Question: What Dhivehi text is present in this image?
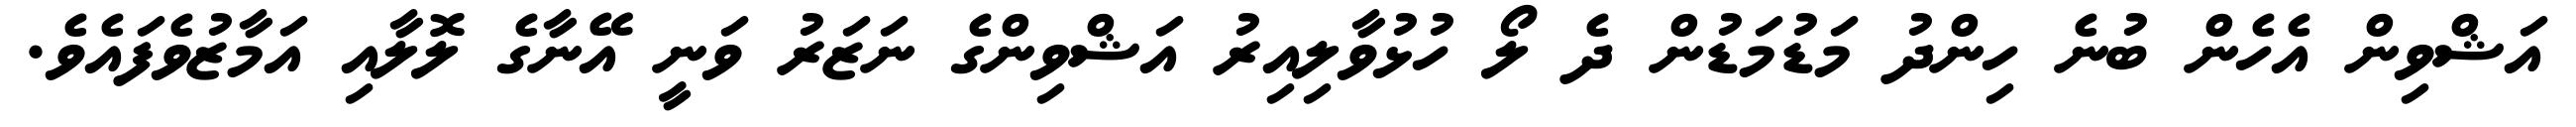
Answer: އަޝްވިން އެހެން ބުނެ ހިންދު މަޑުމަޑުން ދެ ލޯ ހުޅުވާލިއިރު އަޝްވިންގެ ނަޒަރު ވަނީ އޭނާގެ ލޮލާއި އަމާޒުވެފައެވެ.